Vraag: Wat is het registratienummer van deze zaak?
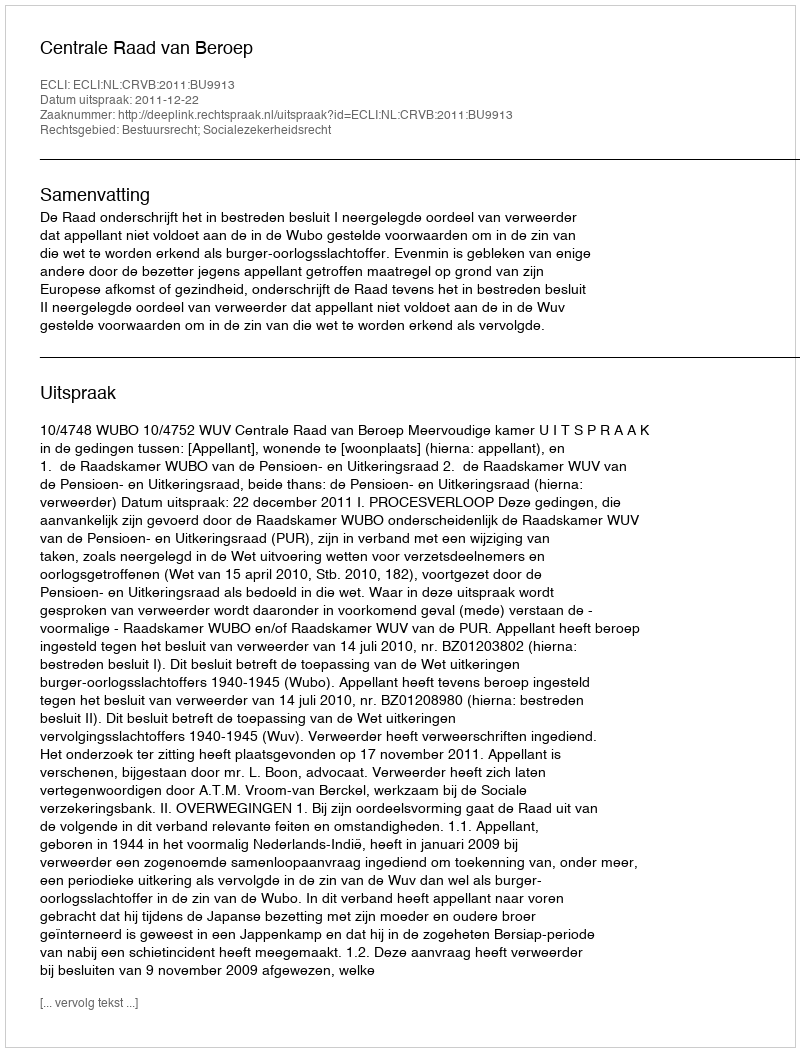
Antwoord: http://deeplink.rechtspraak.nl/uitspraak?id=ECLI:NL:CRVB:2011:BU9913